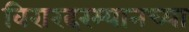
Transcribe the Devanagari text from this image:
विरारदरम्यानच्या